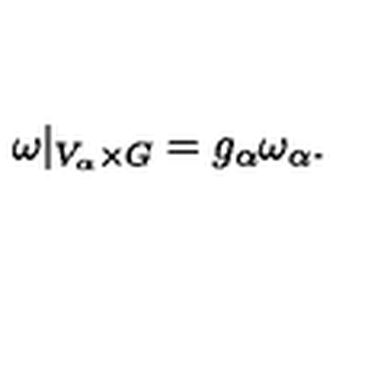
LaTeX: \omega | _ { V _ { \alpha } \times G } = g _ { \alpha } \omega _ { \alpha } .